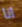
انا